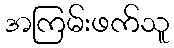
အကြမ်းဖက်သူ